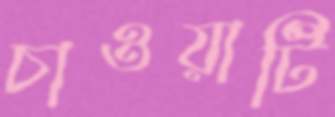
চাওয়াটি